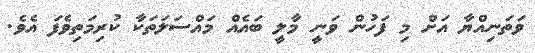
ވަތަނިއްޔާ އަށް މި ފަހުން ވަނީ މާލީ ބައެއް މައްސަލަތަކާ ކުރިމަތިވެފަ އެވެ.